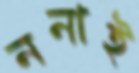
ননাই